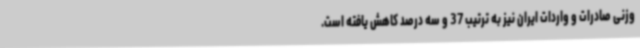
وزنی صادرات و واردات ایران نیز به ترتیب 37 و سه درصد کاهش یافته است.